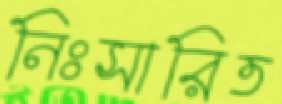
নিঃসারিত